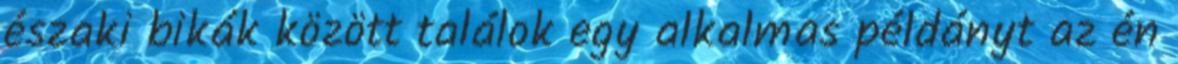
északi bikák között találok egy alkalmas példányt az én